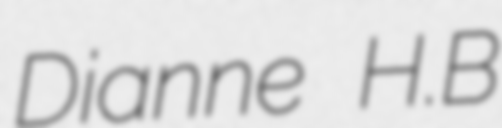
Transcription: Dianne H.B